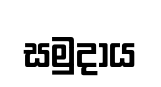
සමුදාය